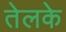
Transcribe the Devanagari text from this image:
तेलके